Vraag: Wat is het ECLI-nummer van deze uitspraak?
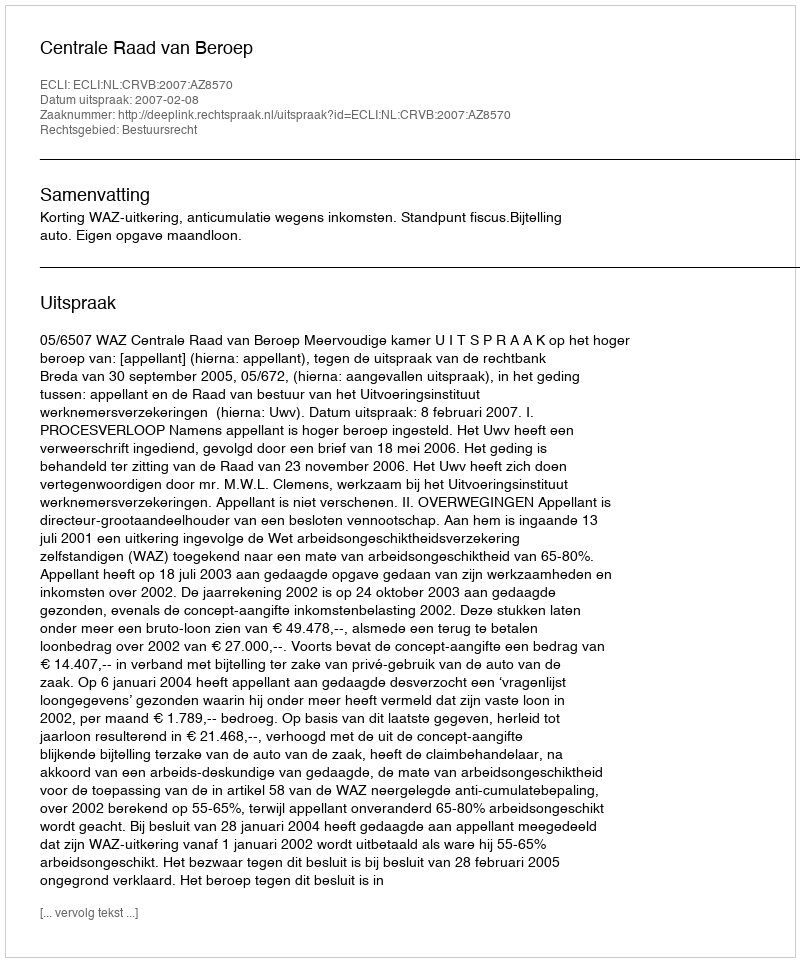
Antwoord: ECLI:NL:CRVB:2007:AZ8570